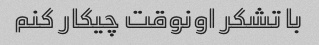
با تشکر اونوقت چیکار کنم